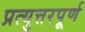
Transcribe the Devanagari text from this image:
प्रत्युत्तरपूर्ण